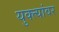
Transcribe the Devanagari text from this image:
युक्त्यांवर